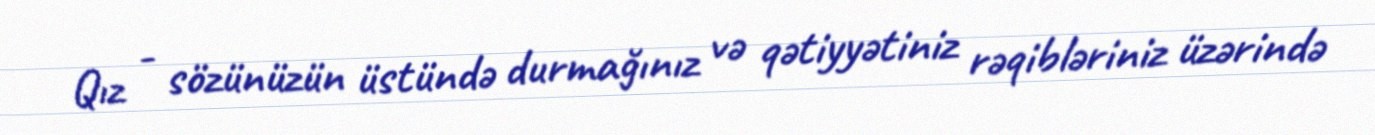
Qız - sözünüzün üstündə durmağınız və qətiyyətiniz rəqibləriniz üzərində